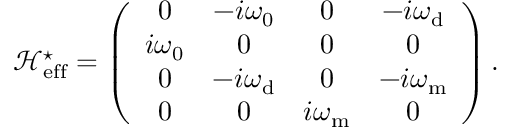
\mathcal { H } _ { \mathrm { { e f f } } } ^ { \star } = \left( \begin{array} { c c c c } { 0 } & { - i \omega _ { \mathrm { 0 } } } & { 0 } & { - i \omega _ { \mathrm { d } } } \\ { i \omega _ { \mathrm { 0 } } } & { 0 } & { 0 } & { 0 } \\ { 0 } & { - i \omega _ { \mathrm { d } } } & { 0 } & { - i { \omega } _ { \mathrm { m } } } \\ { 0 } & { 0 } & { i { \omega } _ { \mathrm { m } } } & { 0 } \end{array} \right) .